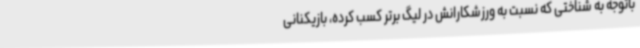
باتوجه به شناختی که نسبت به ورزشکارانش در لیگ برتر کسب کرده، بازیکنانی